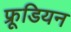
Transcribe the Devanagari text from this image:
फ्रूडियन